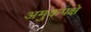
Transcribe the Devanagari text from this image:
अमुकपक्षे